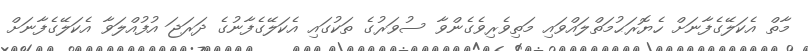
މާތް އެކަލޭގެފާނަށް ހެޔޮރަޙުމަތްލައްވައި މަތިވެރިވެގެންވާ ސުވަރުގެ ތަކުގައި އެކަލޭގެފާނުގެ ދަރަޖަ އުފުއްލަވާ އެކަލޭގެފާނަށް